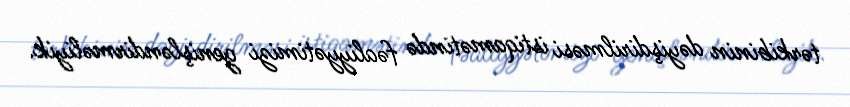
tərkibinin dəyişdirilməsi istiqamətində fəaliyyətimizi genişləndirməliyik.